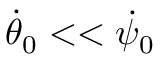
\dot { \theta } _ { 0 } < < \dot { \psi } _ { 0 }